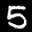
Label: 5